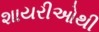
શાયરીઓથી